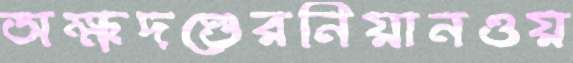
অক্ষদণ্ডেরনিয়ানওয়